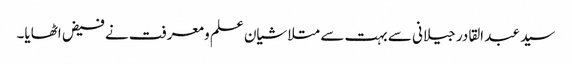
سید عبد القادر جیلانی سے بہت سے متلاشیان علم و معرفت نے فیض اٹھایا۔